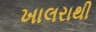
ખાલરાથી